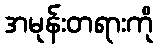
အမုန်းတရားကို